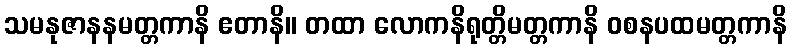
သမနုဇာနနမတ္တကာနိ ဧတာနိ။ တထာ လောကနိရုတ္တိမတ္တကာနိ ဝစနပထမတ္တကာနိ